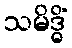
သမိဒ္ဓိံ